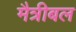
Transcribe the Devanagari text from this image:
मैत्रीबल